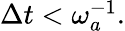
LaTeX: \begin{array}{r}{\Delta t{}<\omega_{a}^{-1}.}\end{array}